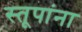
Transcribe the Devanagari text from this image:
स्तूपांना